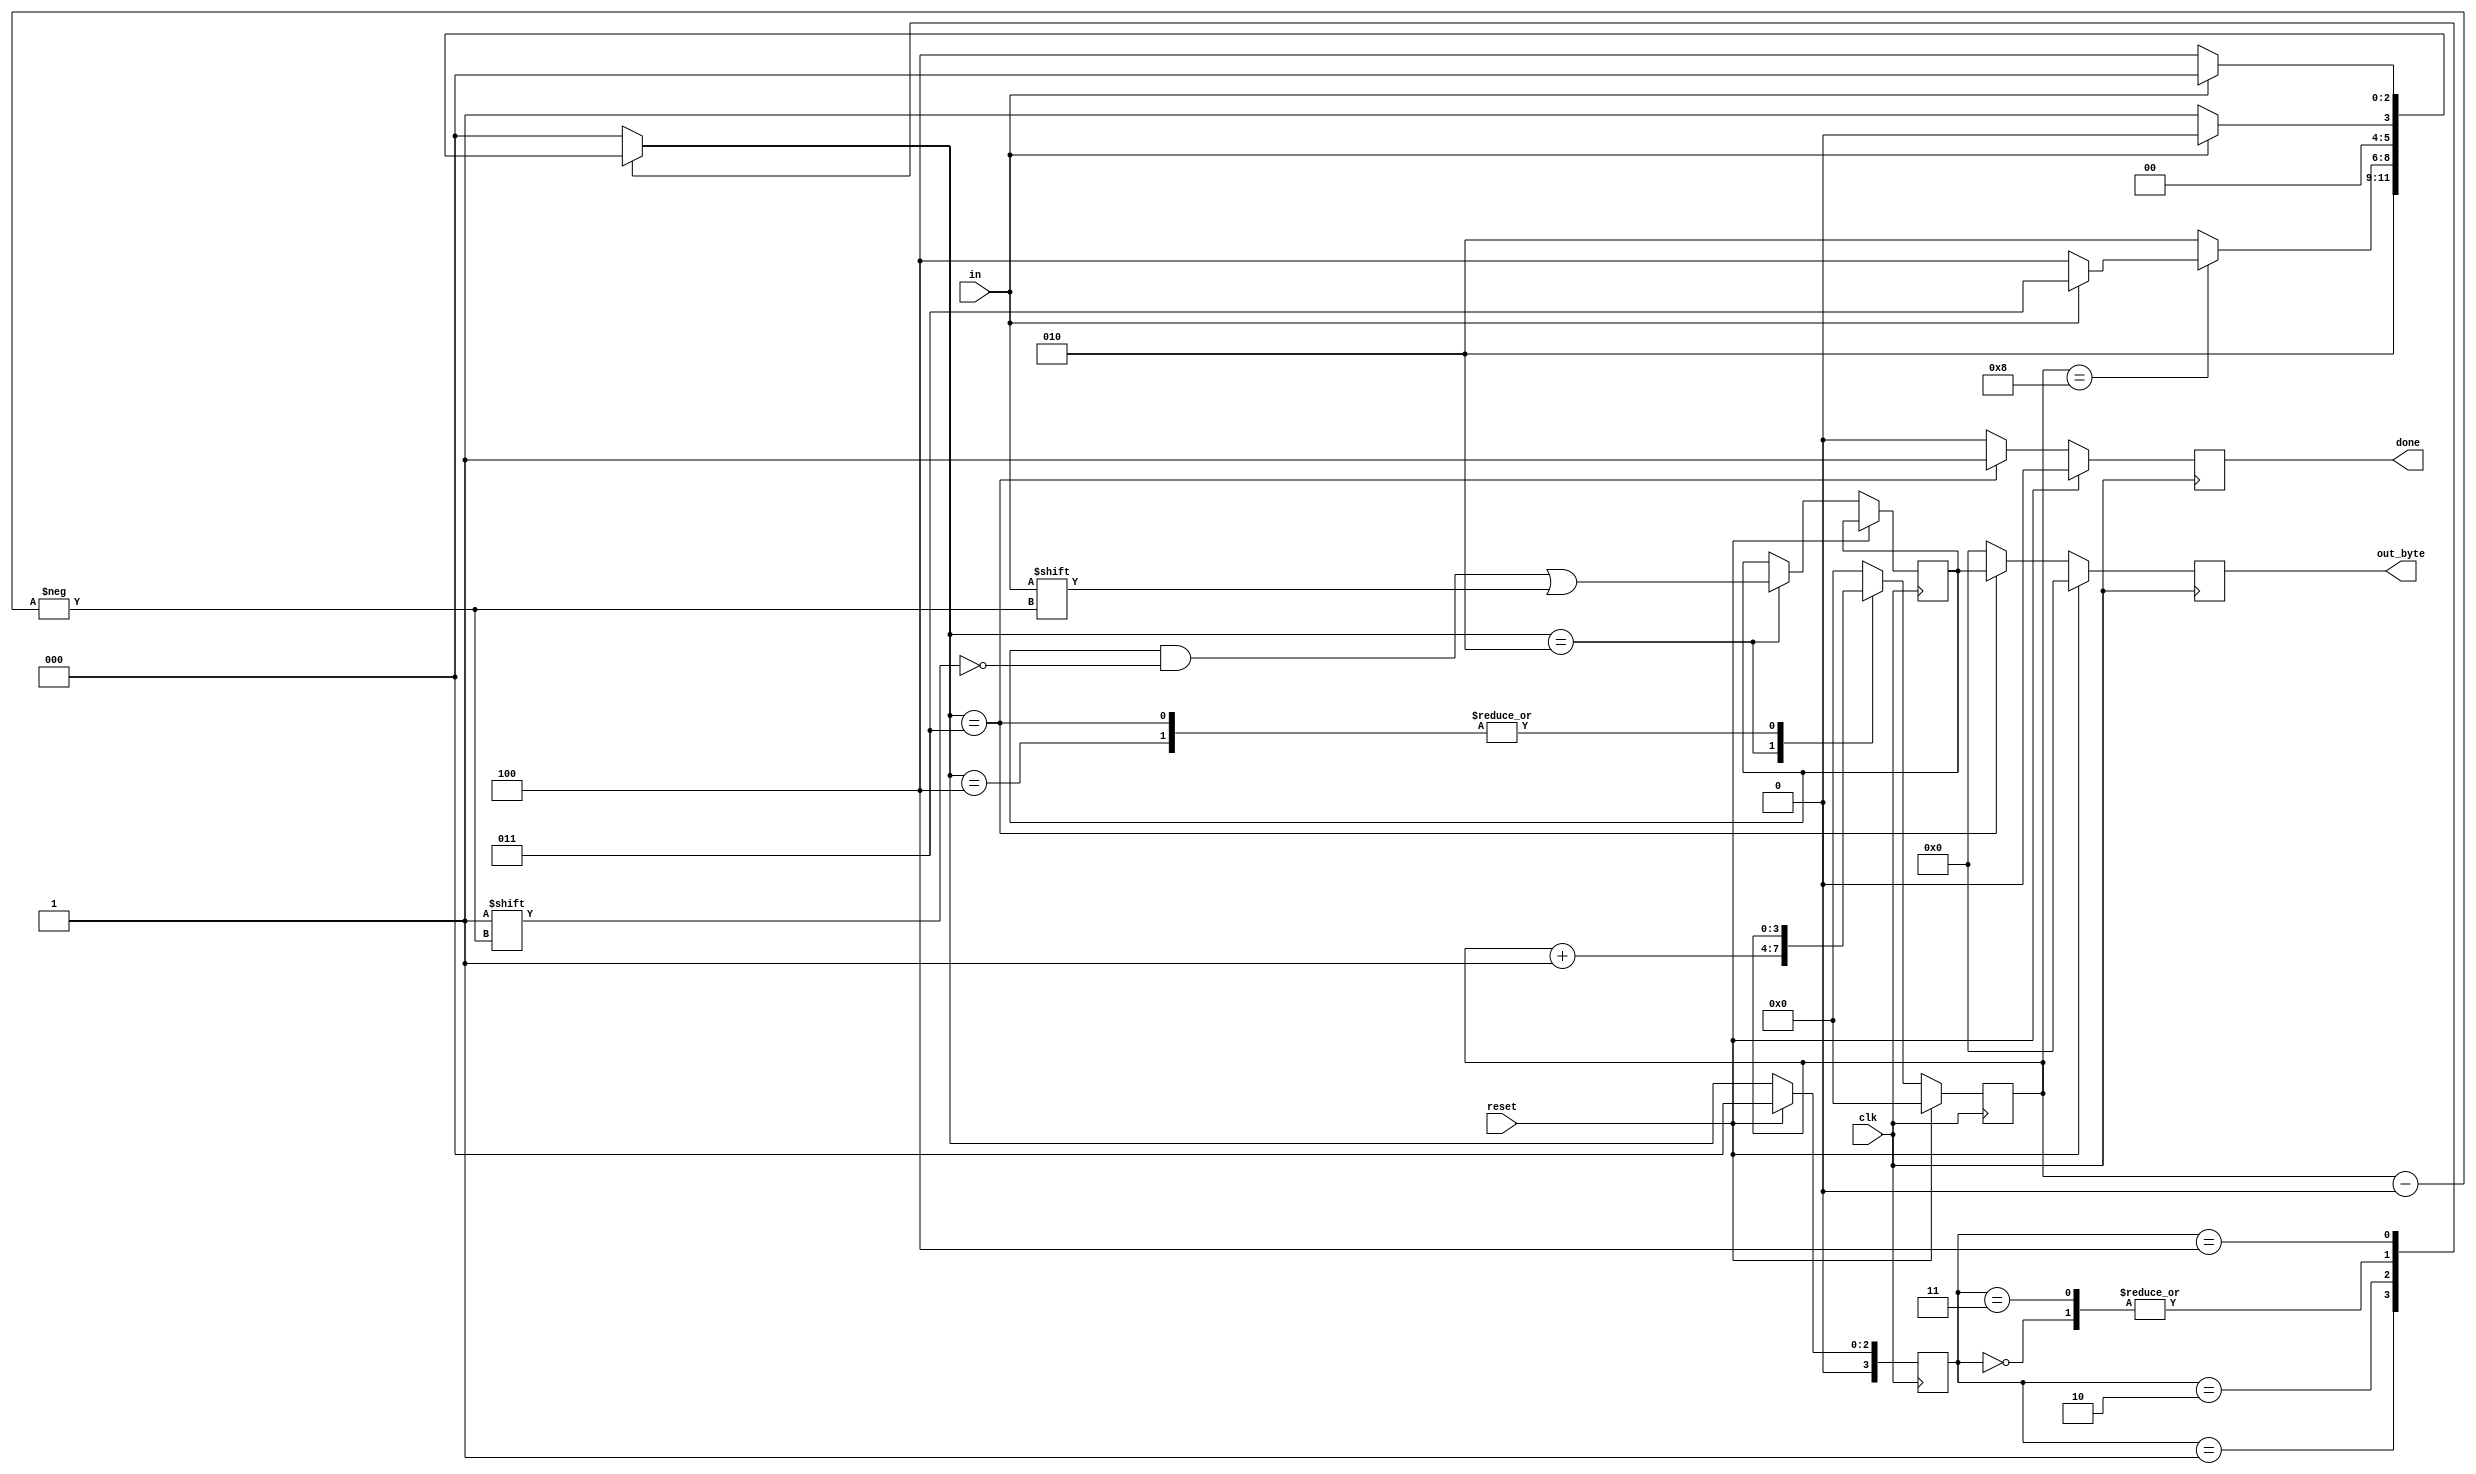
module serial_receiver(
    input clk,
    input in,
    input reset,    // Synchronous reset
    output reg [7:0] out_byte,
    output reg done
); //
 
    parameter IDLE = 3'd0, START = 3'd1, DATA = 3'd2;
    parameter STOP = 3'd3, WAIT = 3'd4;
    reg [3:0]	current_state;
    reg [3:0]	next_state;
    reg [3:0]	counter;
    reg [7:0]	par_in;
    
    always@(posedge clk)begin
        if(reset)begin
            current_state <= IDLE;
        end
        else begin
            current_state <= next_state;
        end
    end
    
    always@(*)begin
        case(current_state)
            IDLE:begin
                next_state = in ? IDLE : START;
            end
            START:begin
                next_state = DATA;
            end
            DATA:begin
                if(counter == 4'd8)begin
                    if(in)begin
                        next_state = STOP;
                    end
                    else begin
                        next_state = WAIT;
                    end
                end
                else begin
                    next_state = DATA;
                end
            end
            STOP:begin
                next_state = in ? IDLE : START;
            end
            WAIT:begin
                next_state = in ? IDLE : WAIT;
            end
            default:begin
                next_state = IDLE;
            end
        endcase
    end
    
    always@(posedge clk)begin
        if(reset)begin
            done <= 1'b0;
            out_byte <= 8'd0;
            counter <= 4'd0;
        end
        else begin
            case(next_state)
            	IDLE:begin
                	done <= 1'b0;
                	out_byte <= 8'd0;
                	counter <= 4'd0;
            	end
            	START:begin
                	done <= 1'b0;
                	out_byte <= 8'd0;
                	counter <= 4'd0;
            	end
            	DATA:begin
                	counter <= counter + 1'b1;
                	done <= 1'b0;
                	par_in[counter] <= in;
                	out_byte <= 8'd0;
            	end
            	STOP:begin
                	done <= 1'b1;
                	out_byte <= par_in;
            	end
            	WAIT:begin
                	done <= 1'b0;
                	out_byte <= 8'd0;
            	end
            	default:begin
                	done <= 1'b0;
                	out_byte <= 8'd0;
                	counter <= 3'd0;
            	end
            endcase
    	end
    end
 
endmodule

module serial_receiver_legacy(
    input clk,
    input in,
    input reset,    // Synchronous reset
    output [7:0] out_byte,
    output done
); 

  // Current and next state registers
  reg [3:0] state, next_state;

  // Define state parameters
  parameter BIT0   = 4'd0, 
            BIT1   = 4'd1,
            BIT2   = 4'd2,
            BIT3   = 4'd3,
            BIT4   = 4'd4,
            BIT5   = 4'd5,
            BIT6   = 4'd6,
            BIT7   = 4'd7,
            START  = 4'd8,
            PARITY = 4'd9,
            STOP   = 4'd10, 
            IDLE   = 4'd11, 
            ERROR  = 4'd12;

wire odd;
parity u_parity(
    .clk(clk),
    .reset(!((state>=BIT0) && (state<=BIT7))),
    .in(in),
    .odd(odd)
);

  // State transition logic
  // Serial protocol LSB  .
  always @(*) begin
    case(state)
      BIT0   : next_state = BIT1;
      BIT1   : next_state = BIT2;
      BIT2   : next_state = BIT3;
      BIT3   : next_state = BIT4;
      BIT4   : next_state = BIT5;
      BIT5   : next_state = BIT6;
      BIT6   : next_state = BIT7;
      BIT7   : next_state = PARITY;
      PARITY : next_state = in? STOP : ERROR;
      START  : next_state = BIT0;
      STOP   : next_state = in? IDLE : START;
      IDLE   : next_state = in? IDLE : START;
      ERROR  : next_state = in? IDLE : ERROR;
    endcase
  end
  
  reg valid;

  // State flip-flops 
  always @(posedge clk) begin
    if(reset) begin
      state <= IDLE;
    end else begin
      state <= next_state;
      valid <= odd;
    end
  end
  
  // Output logic
  assign done = (state == STOP) && valid;
  reg [7:0] out_byte_ff;

  always @(posedge clk) begin
    if(reset) begin
      out_byte_ff <= 8'b0;
    end else begin
      case(next_state)
        BIT0: out_byte_ff[0] <= in;
        BIT1: out_byte_ff[1] <= in;
        BIT2: out_byte_ff[2] <= in;
        BIT3: out_byte_ff[3] <= in;
        BIT4: out_byte_ff[4] <= in;
        BIT5: out_byte_ff[5] <= in;
        BIT6: out_byte_ff[6] <= in;
        BIT7: out_byte_ff[7] <= in;
        default: out_byte_ff <= out_byte_ff;
      endcase
    end
  end

  assign out_byte = (state == STOP)? out_byte_ff : 8'b0;

endmodule

module parity (
    input clk,
    input reset,
    input in,
    output reg odd);

    always @(posedge clk)
        if (reset) odd <= 0;
        else if (in) odd <= ~odd;

endmodule